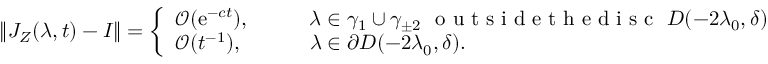
\| J _ { Z } ( \lambda , t ) - I \| = \left\{ \begin{array} { l l } { \mathcal { O } ( \mathrm { e } ^ { - c t } ) , } & { \qquad \lambda \in \gamma _ { 1 } \cup \gamma _ { \pm 2 } \, \, \textrm { o u t s i d e t h e d i s c } \, \, D ( - 2 \lambda _ { 0 } , \delta ) } \\ { \mathcal { O } ( t ^ { - 1 } ) , } & { \qquad \lambda \in \partial D ( - 2 \lambda _ { 0 } , \delta ) . } \end{array} \right.